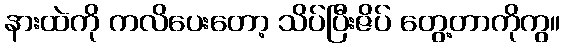
နားထဲကို ကလိပေးတော့ သိပ်ပြီးဇိပ် တွေ့တာကိုကွ။